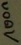
Text: 100n